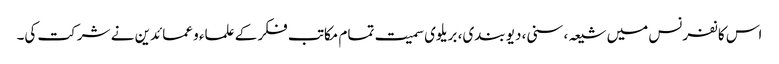
اس کانفرنس میں شیعہ، سنی، دیو بندی، بریلوی سمیت تمام مکاتب فکر کے علماء و عمائدین نے شرکت کی۔